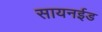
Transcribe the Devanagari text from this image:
सायनईड